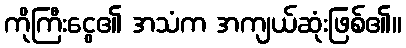
ကိုကြီးငွေ၏ အသံက အကျယ်ဆုံးဖြစ်၏။